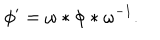
\phi ^ { \prime } = \omega * \phi * \omega ^ { - 1 } .